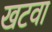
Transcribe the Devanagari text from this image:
खटवा